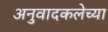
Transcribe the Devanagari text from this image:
अनुवादकलेच्या